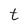
Character: t